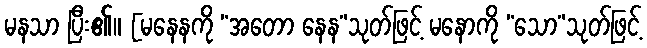
မနသာ ပြီး၏။ [မနေနကို “အတော နေန”သုတ်ဖြင့် မနောကို “သော”သုတ်ဖြင့်